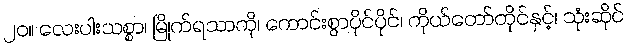
၂၀။ လေးပါးသစ္စာ၊ မြိုက်ရသာကို၊ ကောင်းစွာပိုင်ပိုင်၊ ကိုယ်တော်တိုင်နှင့်၊ သုံးဆိုင်